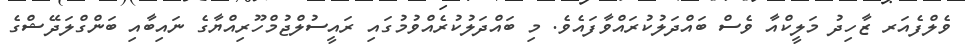
ވެލްފެއަރ ޒާހިދު މަލީކްއާ ވެސް ބައްދަލުކުރައްވާފައެވެ. މި ބައްދަލުކުރެއްވުމުގައި ރައީސުލްޖުމްހޫރިއްޔާގެ ނައިބާއި ބަންގްލަދޭޝްގެ